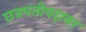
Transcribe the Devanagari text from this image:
छत्रपतीपदावर